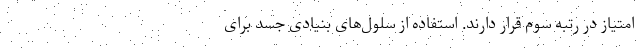
امتیاز در رتبه سوم قرار دارند. استفاده از سلول‌های بنیادی جسد برای